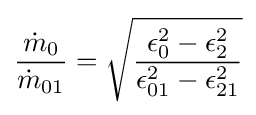
{\frac {{\dot {m}}_{0}}{{\dot {m}}_{01}}}={\sqrt {\frac {\epsilon _{0}^{2}-\epsilon _{2}^{2}}{\epsilon _{01}^{2}-\epsilon _{21}^{2}}}}